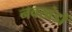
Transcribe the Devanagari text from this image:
नवखंडों